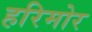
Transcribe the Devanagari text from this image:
हरिमोर